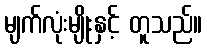
မျက်လုံးမျိုးနှင့် တူသည်။